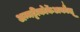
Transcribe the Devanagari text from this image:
अम्मट्टीकोर्केअकौलू